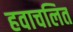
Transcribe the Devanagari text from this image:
हवाचलित